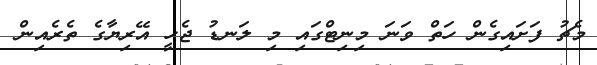
މެޗު ފަށައިގެން ހަތް ވަނަ މިނިޓްގައި މި ލަނޑު ޖެހީ އޭރިޔާގެ ތެރެއިން